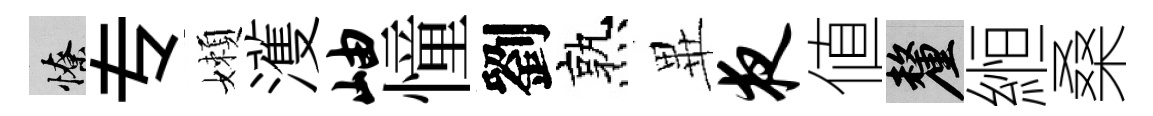
憭专嬾濩岫憧劉熟𭺾夜値厘縆桑